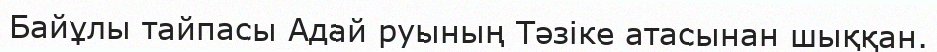
Байұлы тайпасы Адай руының Тәзіке атасынан шыққан.